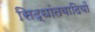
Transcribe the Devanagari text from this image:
सिद्धांतवादियों